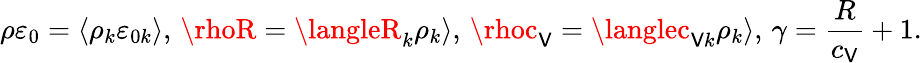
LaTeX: \left.\rho\varepsilon_{0}=\langle\rho_{k}\varepsilon_{0k}\rangle,\, \rhoR=\langleR_{k}\rho_{k}\rangle,\, \rhoc_{\mathsf{V}}=\langlec_{\mathsf{V}k}\rho_{k}\rangle,\, \gamma=\frac{{R}}{{c_{\mathsf{V}}}}+1.\right.